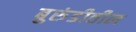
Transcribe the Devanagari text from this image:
बुरुंडीतील